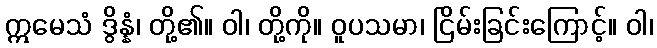
ဣမေသံ ဒွိန္နံ၊ တို့၏။ ဝါ၊ တို့ကို။ ဝူပသမာ၊ ငြိမ်းခြင်းကြောင့်။ ဝါ၊